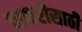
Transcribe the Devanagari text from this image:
चाकरीसाठी